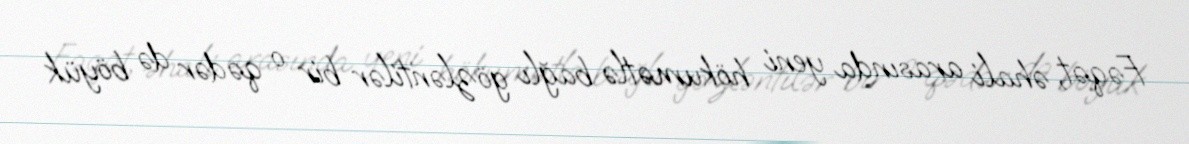
Fəqət, əhali arasında yeni hökumətlə bağlı gözləntilər bir o qədər də böyük